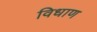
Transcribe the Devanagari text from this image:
विधाण